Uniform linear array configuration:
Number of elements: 12
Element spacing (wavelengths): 0.75
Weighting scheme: cosine
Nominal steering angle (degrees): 45
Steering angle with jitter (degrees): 45.656
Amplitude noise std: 0.05
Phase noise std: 0.05

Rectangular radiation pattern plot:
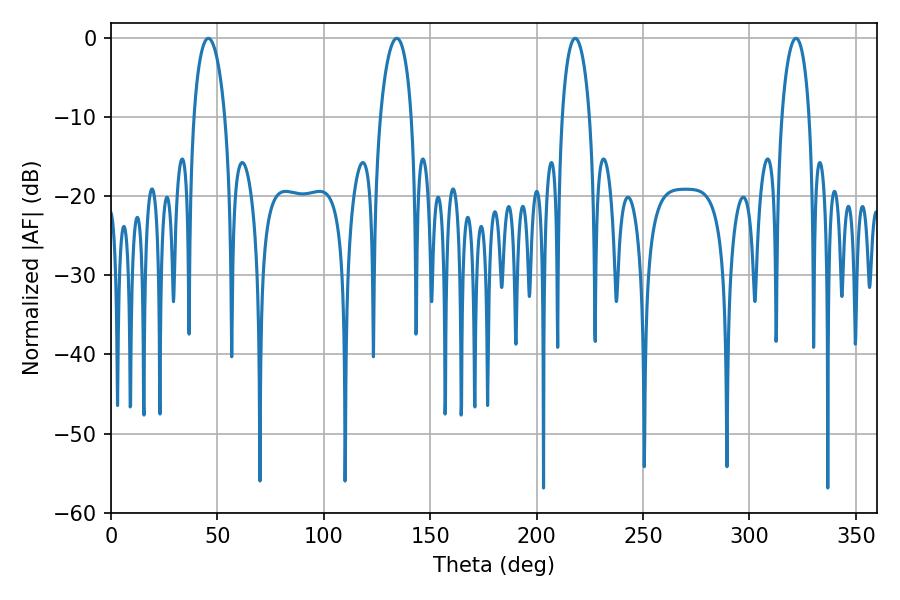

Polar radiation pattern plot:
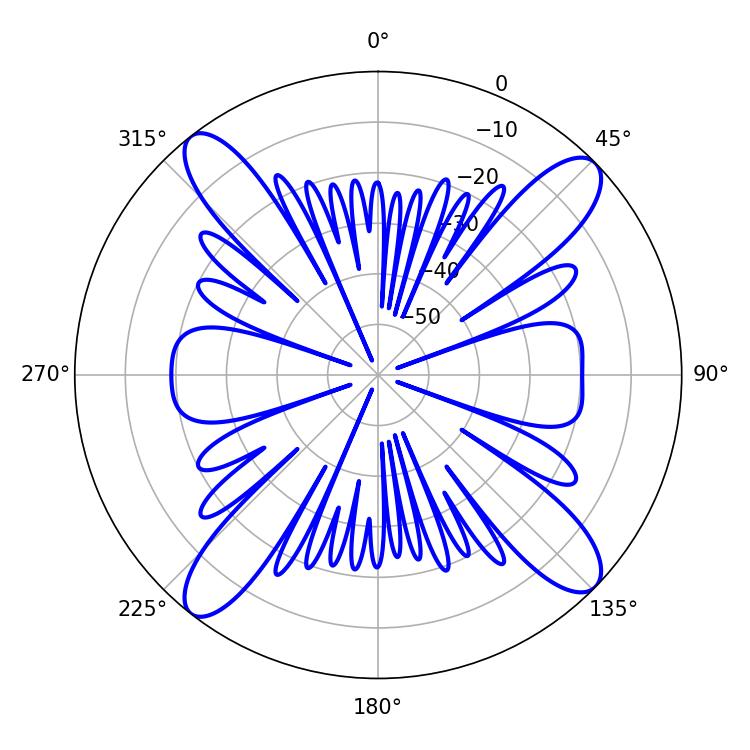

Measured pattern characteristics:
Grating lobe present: TRUE
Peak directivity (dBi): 15.768
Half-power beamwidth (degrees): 8.28
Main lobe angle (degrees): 45.72